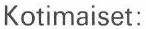
Kotimaiset: